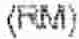
(RM)